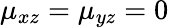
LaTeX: \mu_{xz}=\mu_{yz}=0